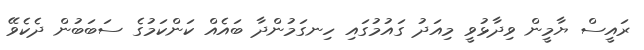
ރައީސް ޔާމީން ވިދާޅުވީ މިއަދު ގައުމުގައި ހިނގަމުންދާ ބައެއް ކަންކަމުގެ ސަބަބުން ދެކެވޭ